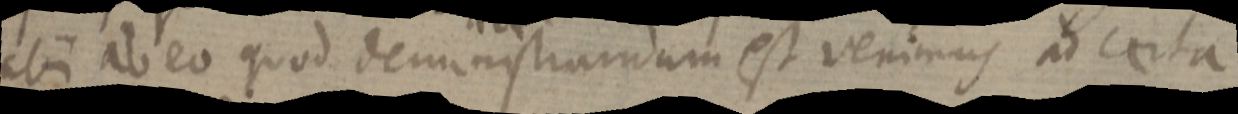
ubi ab eo quod demonstrandum est venimus ad certa